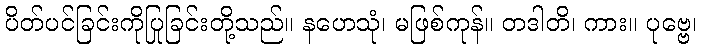
ပိတ်ပင်ခြင်းကိုပြုခြင်းတို့သည်။ နဟေသုံ၊ မဖြစ်ကုန်။ တဒါတိ၊ ကား။ ပုဗ္ဗေ၊